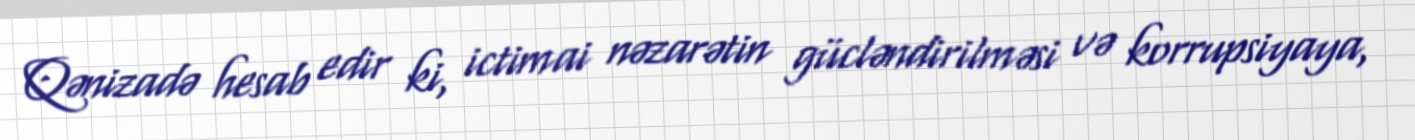
Qənizadə hesab edir ki, ictimai nəzarətin gücləndirilməsi və korrupsiyaya,